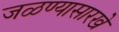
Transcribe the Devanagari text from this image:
जळण्यासारखे